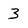
Character: 3